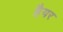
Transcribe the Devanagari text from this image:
हैयर